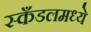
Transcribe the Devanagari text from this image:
स्कँडलमध्ये